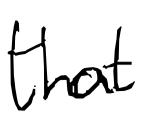
Text: that
Cross-out: clean
Writing tool: digital_black